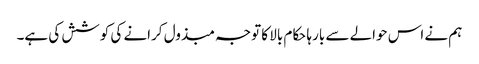
ہم نے اس حوالے سے بارہا حکام بالا کا توجہ مبذول کرانے کی کوشش کی ہے۔